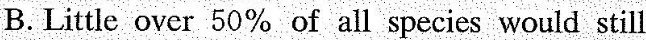
B. Little over 50% of all species would still